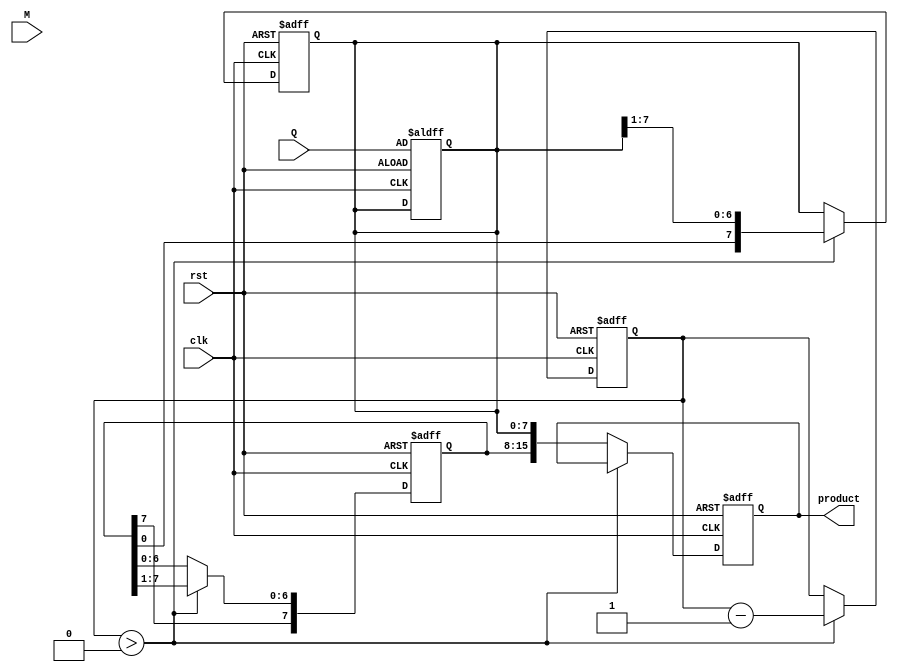
module modified_booth_multiplier #(parameter WIDTH = 8) (
    input signed [WIDTH-1:0] M, // Multiplicand
    input signed [WIDTH-1:0] Q, // Multiplier
    input clk,
    input rst,
    output reg signed [2*WIDTH-1:0] product // Product output
);

    reg signed [WIDTH-1:0] A;      // Accumulator
    reg signed [WIDTH-1:0] Q_reg;   // Multiplier register
    reg Q_minus_1;                  // Previous LSB of Q
    reg [WIDTH-1:0] count;          // Counter for iterations

    // State initialization
    always @(posedge clk or posedge rst) begin
        if (rst) begin
            A <= 0;
            Q_reg <= 0;
            Q_minus_1 <= 0;
            product <= 0;
            count <= WIDTH; // Number of bits to process
        end else begin
            // Booth's algorithm operation
            if (count > 0) begin
                case ({Q_reg[0], Q_minus_1}) // Check pair Q[0] and Q-1
                    2'b00: begin
                        // No operation
                    end
                    2'b01: begin
                        // Add M to A
                        A <= A + M;
                    end
                    2'b10: begin
                        // Subtract M from A
                        A <= A - M;
                    end
                    2'b11: begin
                        // No operation
                    end
                endcase

                // Right shift operation
                {A, Q_reg} <= {A[WIDTH-1], A, Q_reg} >> 1; // Preserve sign bit
                Q_minus_1 <= Q_reg[0]; // Update Q-1
                count <= count - 1; // Decrement the count
            end else begin
                // Final output calculation
                product <= {A, Q_reg};
            end
        end
    end

    // Load multiplier into Q_reg at the start
    always @(posedge clk or posedge rst) begin
        if (rst) begin
            Q_reg <= Q; // Initialize Q_reg with the multiplier
        end
    end

endmodule